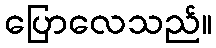
ပြောလေသည်။